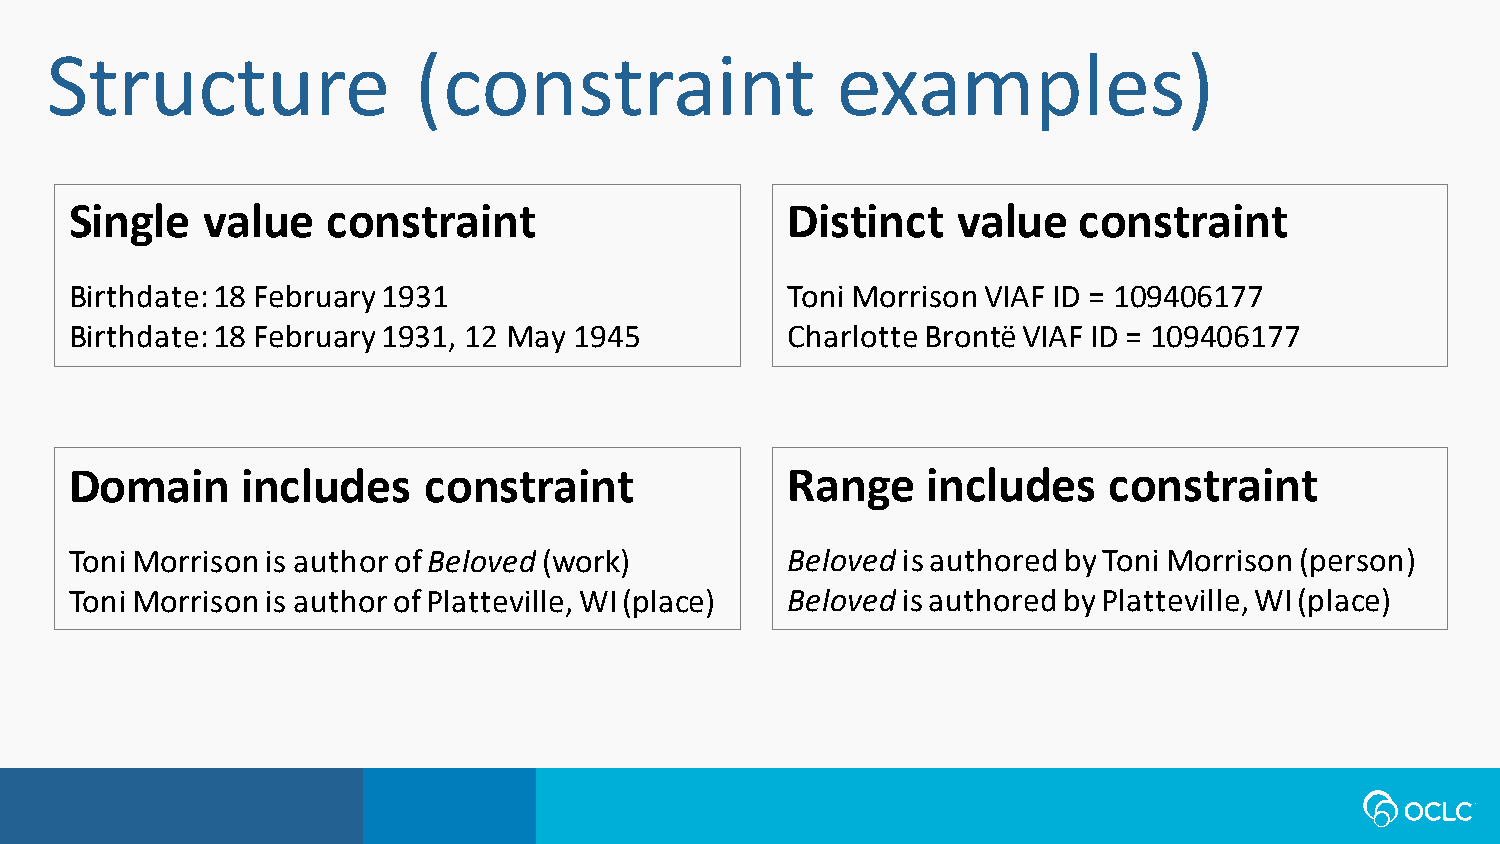
Structure               (constraint                 examples)
 Single  value    constraint                    Distinct   value   constraint
 Birthdate: 18 February 1931                    Toni Morrison VIAF ID = 109406177
 Birthdate: 18 February 1931, 12 May 1945       Charlotte Brontë VIAF ID = 109406177
 Domain     includes    constraint              Range    includes    constraint
 Toni Morrison is author of Beloved (work)      Belovedis authored by Toni Morrison (person)
 Toni Morrison is author of Platteville, WI (place) Belovedis authored by Platteville, WI (place)